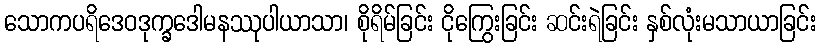
သောကပရိဒေဝဒုက္ခဒေါမနဿုပါယာသာ၊ စိုရိမ်ခြင်း ငိုကြွေးခြင်း ဆင်းရဲခြင်း နှစ်လုံးမသာယာခြင်း